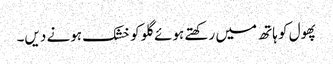
پھول کو ہاتھ میں رکھتے ہوئے گلو کو خشک ہونے دیں۔